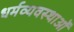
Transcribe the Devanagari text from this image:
धर्मव्यवस्थाओं